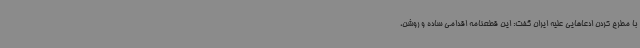
با مطرح کردن ادعاهایی علیه ایران گفت: این قطعنامه اقدامی ساده و روشن،